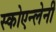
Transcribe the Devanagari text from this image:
स्कोएन्लेनी